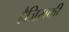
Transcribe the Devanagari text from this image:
हैजिसकी